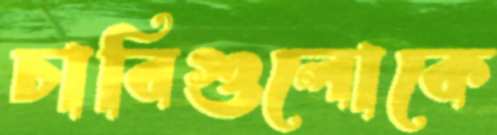
চাবিগুলোকে